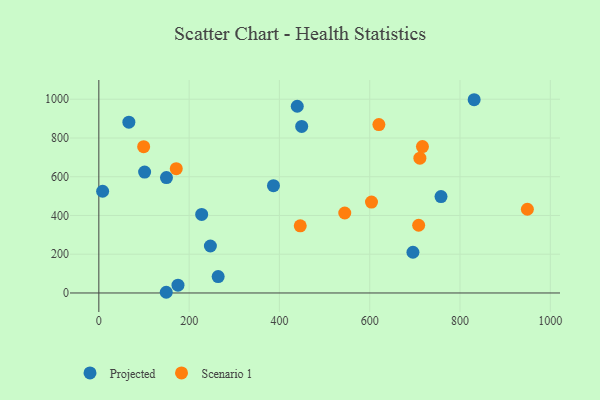
{"axis": {"x": "Distance", "y": "Profit"}, "legend": ["Projected", "Scenario 1"], "data": [{"x": "101.4", "y": 624.1, "type": "Projected"}, {"x": "149.3", "y": 3.6, "type": "Projected"}, {"x": "8.4", "y": 525.1, "type": "Projected"}, {"x": "264.3", "y": 84.7, "type": "Projected"}, {"x": "449.3", "y": 859.8, "type": "Projected"}, {"x": "247.1", "y": 242.5, "type": "Projected"}, {"x": "695.7", "y": 210.1, "type": "Projected"}, {"x": "227.8", "y": 405.6, "type": "Projected"}, {"x": "386.8", "y": 553.6, "type": "Projected"}, {"x": "149.8", "y": 595.7, "type": "Projected"}, {"x": "757.9", "y": 497.4, "type": "Projected"}, {"x": "175.3", "y": 40.1, "type": "Projected"}, {"x": "831.3", "y": 997.5, "type": "Projected"}, {"x": "439.5", "y": 963.8, "type": "Projected"}, {"x": "66.5", "y": 881.8, "type": "Projected"}, {"x": "99.3", "y": 755.3, "type": "Scenario 1"}, {"x": "716.8", "y": 755.9, "type": "Scenario 1"}, {"x": "711.1", "y": 695.8, "type": "Scenario 1"}, {"x": "708.4", "y": 349.5, "type": "Scenario 1"}, {"x": "603.9", "y": 469.3, "type": "Scenario 1"}, {"x": "949.2", "y": 432.2, "type": "Scenario 1"}, {"x": "620.3", "y": 869.0, "type": "Scenario 1"}, {"x": "446.1", "y": 346.5, "type": "Scenario 1"}, {"x": "544.7", "y": 412.8, "type": "Scenario 1"}, {"x": "171.5", "y": 641.8, "type": "Scenario 1"}]}